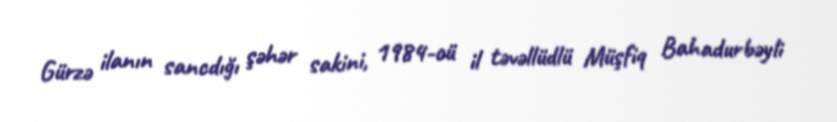
Gürzə ilanın sancdığı şəhər sakini, 1984-cü il təvəllüdlü Müşfiq Bahadurbəyli